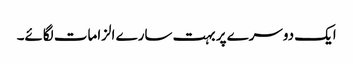
ایک دوسرے پر بہت سارے الزامات لگائے۔